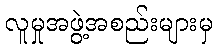
လူမှုအဖွဲ့အစည်းများမှ